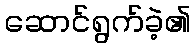
ဆောင်ရွက်ခဲ့၏